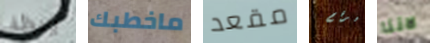
ينظف ماخطبك مقعد لرقم لاننا